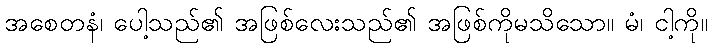
အစေတနံ၊ ပေါ့သည်၏ အဖြစ်လေးသည်၏ အဖြစ်ကိုမသိသော။ မံ၊ ငါ့ကို။